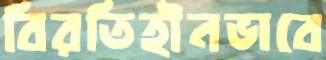
বিরতিহীনভাবে